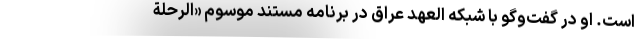
است. او در گفت‌وگو با شبکه العهد عراق در برنامه مستند موسوم «الرحلة